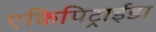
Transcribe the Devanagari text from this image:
एकिपिट्राईडा